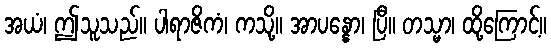
အယံ၊ ဤသူသည်။ ပါရာဇိကံ၊ ကသို့။ အာပန္နော၊ ပြီ။ တသ္မာ၊ ထို့ကြောင့်။